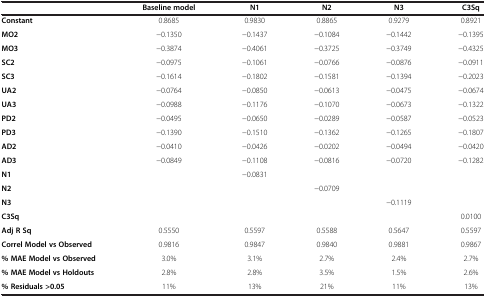
|  | Baseline model | N1 | N2 | N3 | C3Sq |
 | --- | --- | --- | --- | --- | --- |
 | Constant | 0.8685 | 0.9830 | 0.8865 | 0.9279 | 0.8921 |
 | MO2 | −0.1350 | −0.1437 | −0.1084 | −0.1442 | −0.1395 |
 | MO3 | −0.3874 | −0.4061 | −0.3725 | −0.3749 | −0.4325 |
 | SC2 | −0.0975 | −0.1061 | −0.0766 | −0.0876 | −0.0911 |
 | SC3 | −0.1614 | −0.1802 | −0.1581 | −0.1394 | −0.2023 |
 | UA2 | −0.0764 | −0.0850 | −0.0613 | −0.0475 | −0.0674 |
 | UA3 | −0.0988 | −0.1176 | −0.1070 | −0.0673 | −0.1322 |
 | PD2 | −0.0495 | −0.0650 | −0.0289 | −0.0587 | −0.0523 |
 | PD3 | −0.1390 | −0.1510 | −0.1362 | −0.1265 | −0.1807 |
 | AD2 | −0.0410 | −0.0426 | −0.0202 | −0.0494 | −0.0420 |
 | AD3 | −0.0849 | −0.1108 | −0.0816 | −0.0720 | −0.1282 |
 | N1 |  | −0.0831 |  |  |  |
 | N2 |  |  | −0.0709 |  |  |
 | N3 |  |  |  | −0.1119 |  |
 | C3Sq |  |  |  |  | 0.0100 |
 | Adj R Sq | 0.5550 | 0.5597 | 0.5588 | 0.5647 | 0.5597 |
 | Correl Model vs Observed | 0.9816 | 0.9847 | 0.9840 | 0.9881 | 0.9867 |
 | % MAE Model vs Observed | 3.0% | 3.1% | 2.7% | 2.4% | 2.7% |
 | % MAE Model vs Holdouts | 2.8% | 2.8% | 3.5% | 1.5% | 2.6% |
 | % Residuals >0.05 | 11% | 13% | 21% | 11% | 13% |